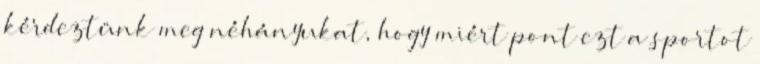
kérdeztünk meg néhányukat, hogy miért pont ezt a sportot